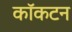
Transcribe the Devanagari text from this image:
कॉकटन